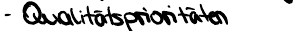
- Qualitätsprioritäten